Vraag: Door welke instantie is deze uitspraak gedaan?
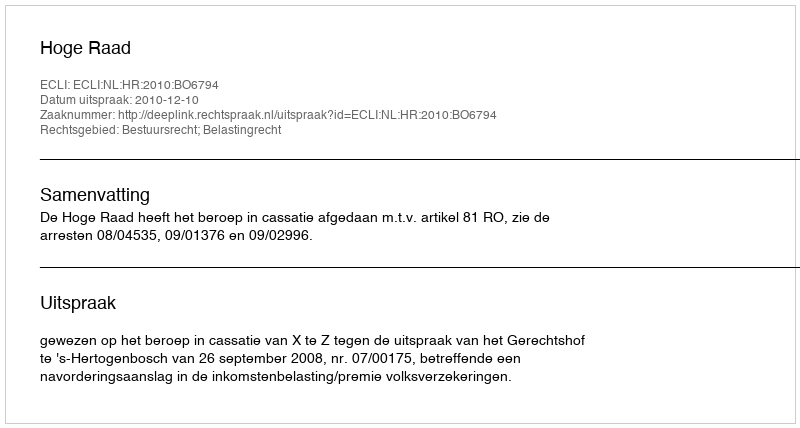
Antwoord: Hoge Raad